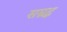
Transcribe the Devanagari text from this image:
सम्रद्ध